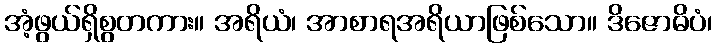
အံ့ဖွယ်ရှိစွတကား။ အရိယံ၊ အာစာရအရိယာဖြစ်သော။ ဒိဇောဓိပံ၊